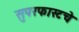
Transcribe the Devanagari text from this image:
सुपरफास्टचे